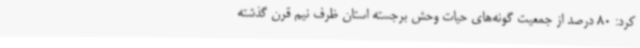
کرد: 80 درصد از جمعیت گونه‌های حیات وحش برجسته استان ظرف نیم قرن گذشته